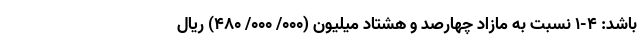
‌باشد: ۴-۱ نسبت به مازاد چهارصد و هشتاد میلیون (۰۰۰/ ۰۰۰/ ۴۸۰) ریال